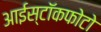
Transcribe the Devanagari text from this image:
आईस्टॉकफोटो